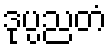
ဒုပ္ပညတံ